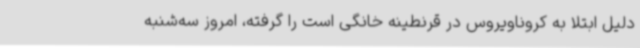
دلیل ابتلا به کروناویروس در قرنطینه خانگی است را گرفته، امروز سه‌شنبه